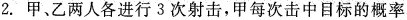
2.甲、乙两人各进行3次射击，甲每次击中目标的概率